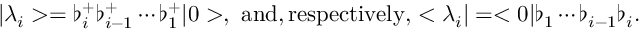
| \lambda _ { i } > = \flat _ { i } ^ { + } \flat _ { i - 1 } ^ { + } \cdots \flat _ { 1 } ^ { + } | 0 > , \mathrm { ~ a n d , r e s p e c t i v e l y , } < \lambda _ { i } | = < 0 | \flat _ { 1 } \cdots \flat _ { i - 1 } \flat _ { i } .